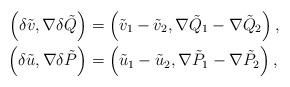
LaTeX: \begin{align*}\left( \delta\tilde{v},\nabla\delta\tilde{Q}\right) & =\left( \tilde{v}_{1}-\tilde{v}_{2},\nabla\tilde{Q}_{1}-\nabla\tilde{Q}_{2}\right) ,\\\left( \delta\tilde{u},\nabla\delta\tilde{P}\right) & =\left( \tilde{u}_{1}-\tilde{u}_{2},\nabla\tilde{P}_{1}-\nabla\tilde{P}_{2}\right) ,\end{align*}